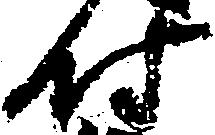
尉